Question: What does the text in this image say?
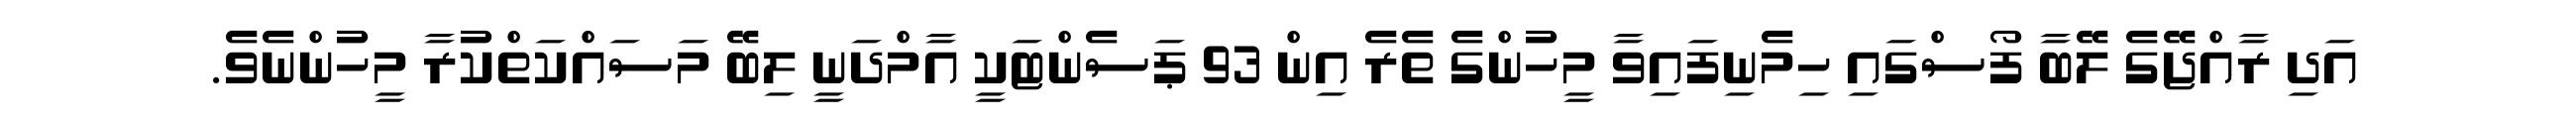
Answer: އަދި ރާއްޖޭގެ ލޭބާ ފޯސްގައި ހިމެނިފައިވާ މީހުންގެ ތެރެ އިން 93 ޕަސެންޓަކީ އާމްދަނީ ލިބޭ މަސައްކަތްކުރާ މީހުންނެވެ.